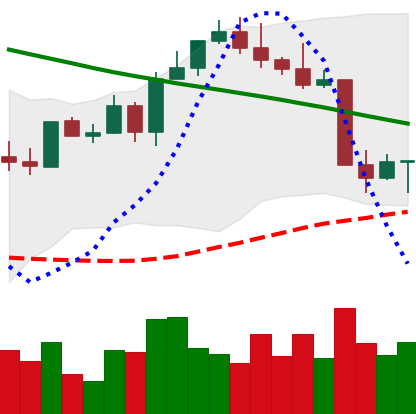
Ticker: ETH-USD
Chart end date: 2022-08-22
Forward return: -8.081%
Label: down_7plus